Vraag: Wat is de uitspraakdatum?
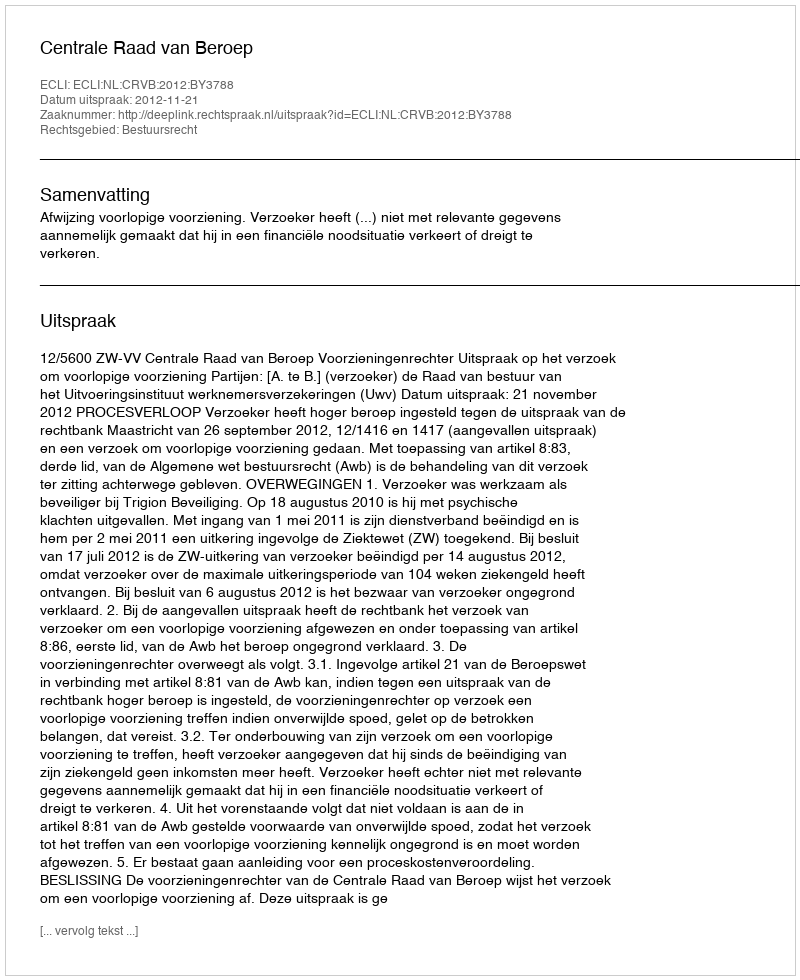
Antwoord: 2012-11-21